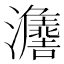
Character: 𱪒